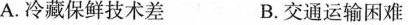
A.冷藏保鲜技术差 B.交通运输困难